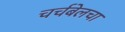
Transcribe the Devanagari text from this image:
चर्चबेलचा